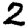
Digit: 2